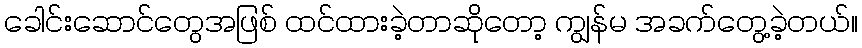
ခေါင်းဆောင်တွေအဖြစ် ထင်ထားခဲ့တာဆိုတော့ ကျွန်မ အခက်တွေ့ခဲ့တယ်။